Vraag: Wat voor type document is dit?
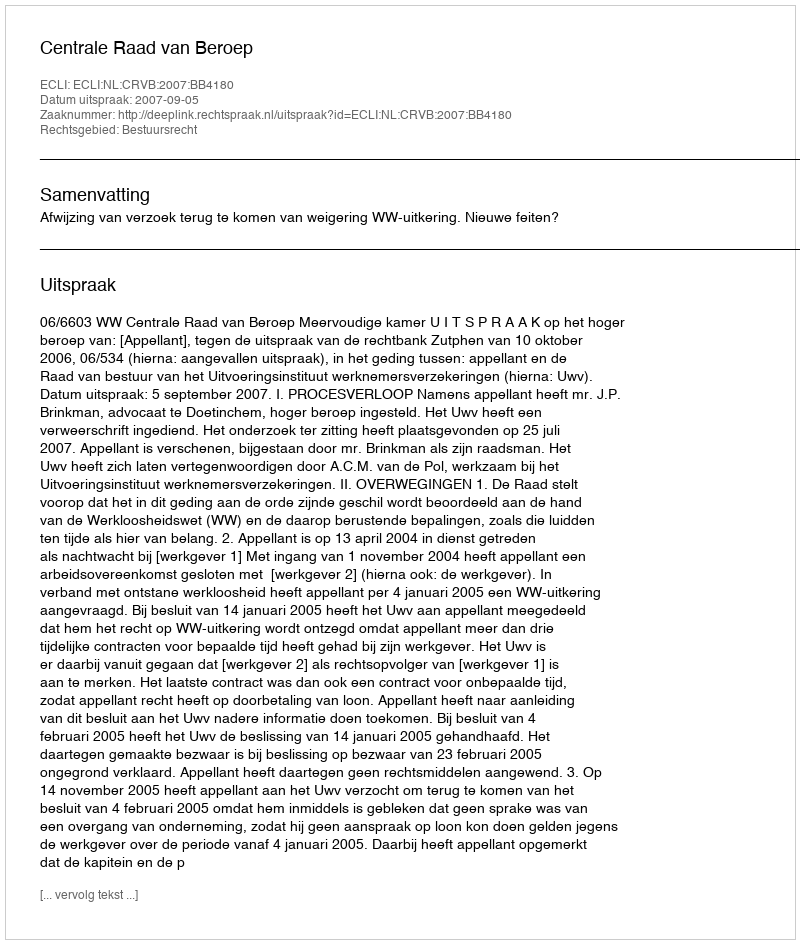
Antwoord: Uitspraak